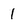
Character: 1